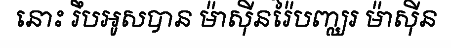
នោះ រឹបអូសបាន ម៉ាស៊ីនរ៉ៃបញ្ឈរ ម៉ាស៊ីន